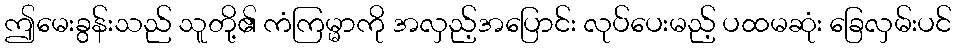
ဤမေးခွန်းသည် သူတို့၏ ကံကြမ္မာကို အလှည့်အပြောင်း လုပ်ပေးမည့် ပထမဆုံး ခြေလှမ်းပင်